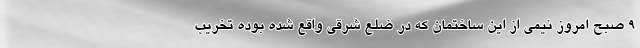
٩ صبح امروز نیمی از این ساختمان که در ضلع شرقی واقع شده بوده تخریب